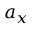
a _ { x }